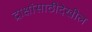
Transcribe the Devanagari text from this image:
द्राक्षांसाठीदेखील